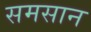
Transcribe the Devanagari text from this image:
समसान